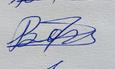
Signature authenticity: genuine